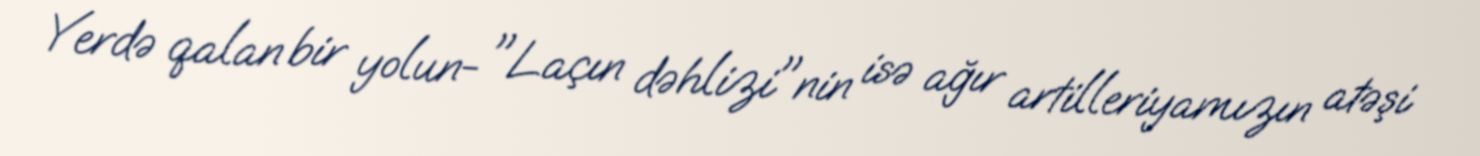
Yerdə qalan bir yolun- "Laçın dəhlizi"nin isə ağır artilleriyamızın atəşi